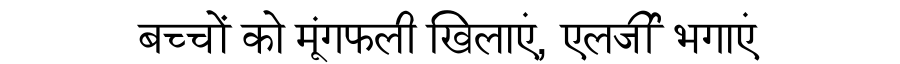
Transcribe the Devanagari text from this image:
बच्चों को मूंगफली खिलाएं, एलर्जी भगाएं